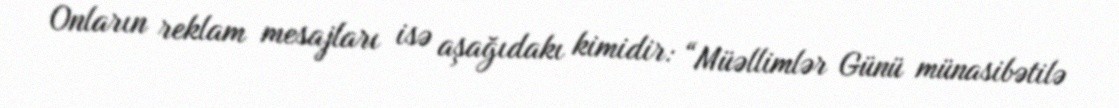
Onların reklam mesajları isə aşağıdakı kimidir: “Müəllimlər Günü münasibətilə